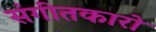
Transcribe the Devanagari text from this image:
संगीतकारो